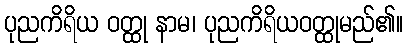
ပုညကိရိယ ဝတ္ထု နာမ၊ ပုညကိရိယဝတ္ထုမည်၏။